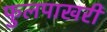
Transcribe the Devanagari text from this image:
फुलपाखरी